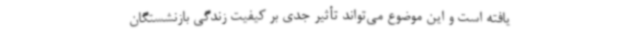
یافته است و این موضوع می‌تواند تأثیر جدی بر کیفیت زندگی بازنشستگان